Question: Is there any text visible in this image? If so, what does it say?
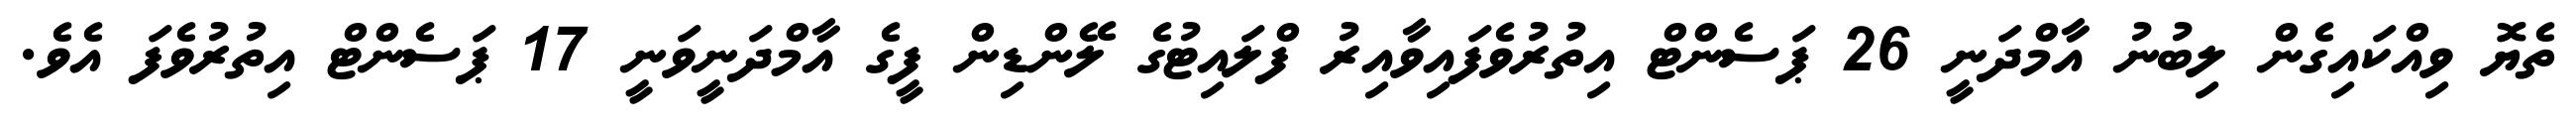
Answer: ތެޔޮ ވިއްކައިގެން ލިބުނު އާމްދަނީ 26 ޕަސެންޓް އިތުރުވެފައިވާއިރު ފްލައިޓުގެ ލޭންޑިން ފީގެ އާމްދަނީވަނީ 17 ޕަސެންޓް އިތުރުވެފަ އެވެ.